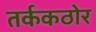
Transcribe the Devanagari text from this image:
तर्ककठोर